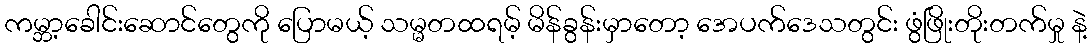
ကမ္ဘာ့ခေါင်းဆောင်တွေကို ပြောမယ့် သမ္မတထရမ့် မိန်ခွန်းမှာတော့ အေပက်ဒေသတွင်း ဖွံဖြိုးတိုးတက်မှု နဲ့